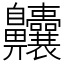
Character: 齉